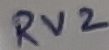
Text: RV2